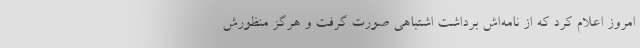
امروز اعلام کرد که از نامه‌اش برداشت اشتباهی صورت گرفت و هرگز منظورش